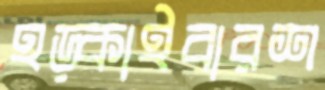
হড়্‌কাইবারশ